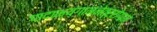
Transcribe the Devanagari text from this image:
पादाभ्यंगान्नेत्ररोगान्